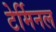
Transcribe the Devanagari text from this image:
टेर्मिनल